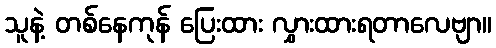
သူနဲ့ တစ်နေကုန် ပြေးထား လွှားထားရတာလေဗျာ။